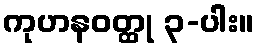
ကုဟနဝတ္ထု ၃-ပါး။